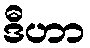
ဒီဟာ